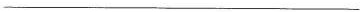
___